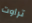
تراوت